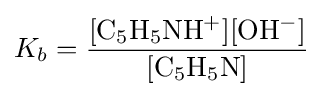
K_{b}=\mathrm {[C_{5}H_{5}NH^{+}][OH^{-}] \over [C_{5}H_{5}N]}